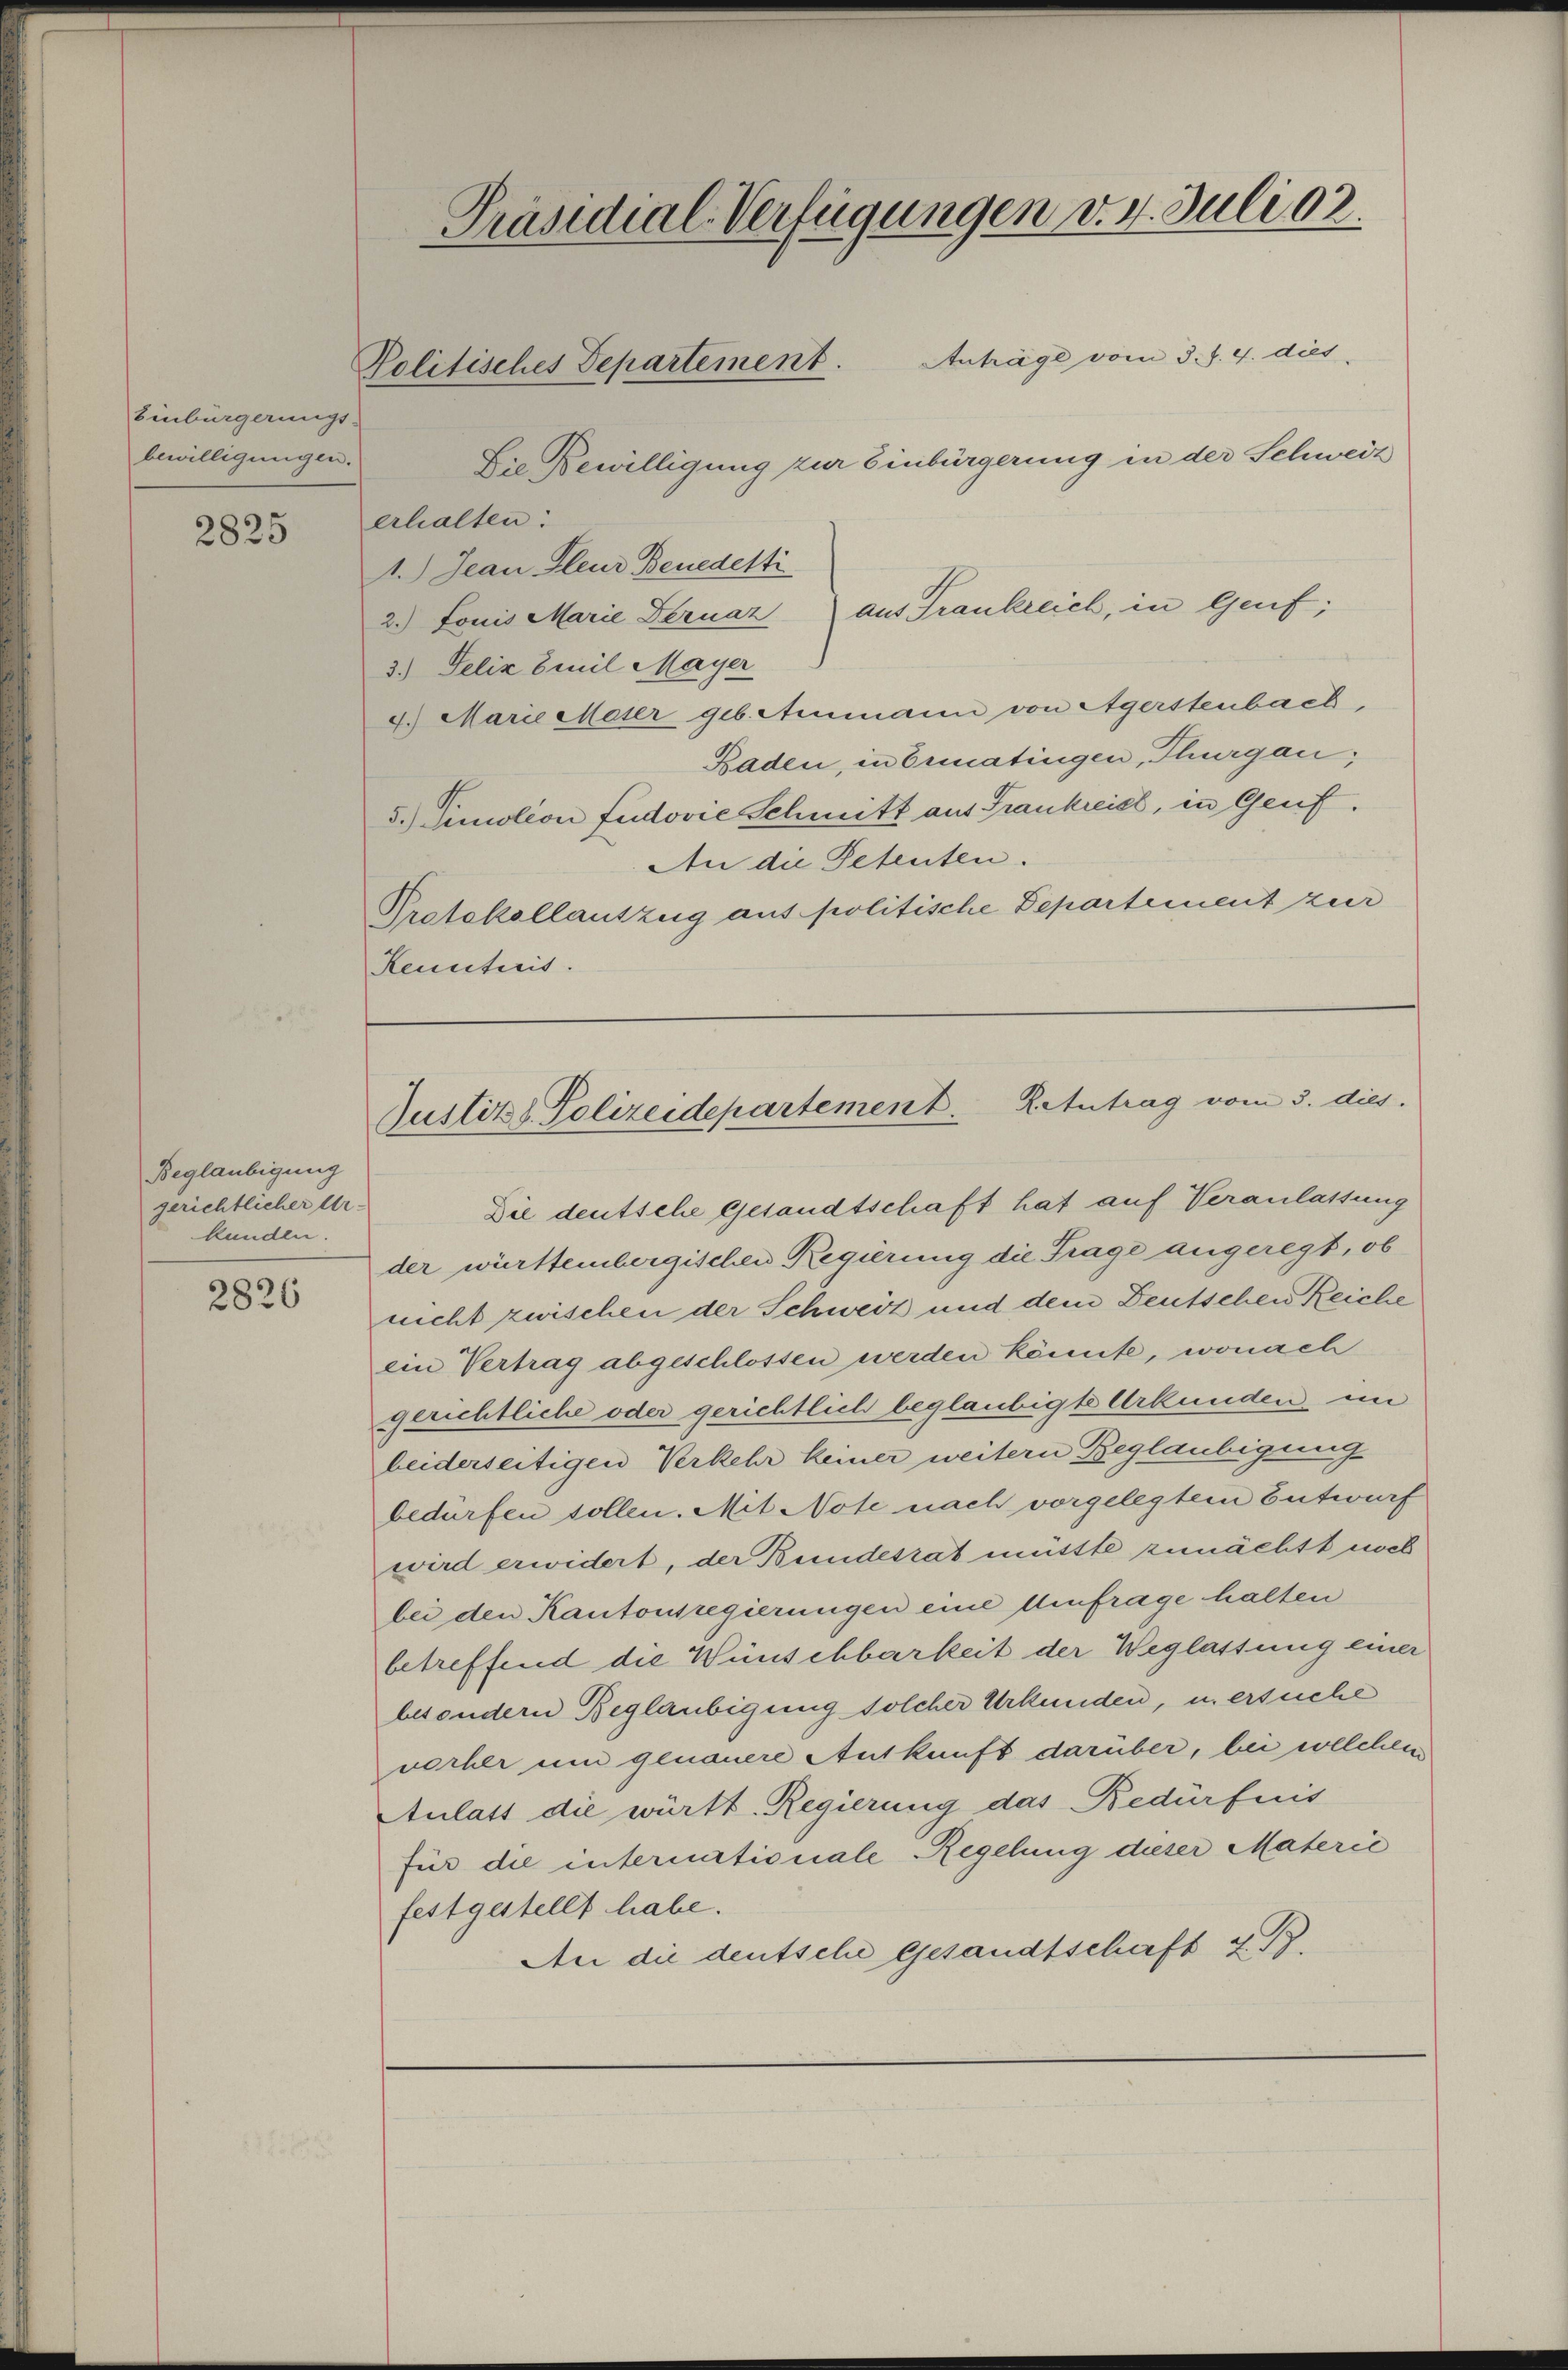
Einbürgerungs-
bewilligungen.

2825

Beglaubigung
gerichtlicher Ur-
kunden.

2826

Präsidial-Verfügungen v. 4. Juli 192.
Anträge vom 3. S. 4. dies
Politisches Departement.

Justiz & Polizeidepartement. Zentrag vom 3. dies

Die Bewilligung zur Einbürgerung in der Schweiz
erhalten:
1.) Jean Steur Benedetti
2. Louis Marie Dernaz aus Trankreich, in Genf;
3.) Felix Emil Mayer
4.) Marie Meser geb. Ammann von Agerstenbach,
Baden, in Ermatingen, Thurgau,
5.) Simolion fudovie Schmitt aus Frankreist, in Genf.
An die Petenten.
Protokollantzug aus politische Departement zur
Reuuticis.

Die deutsche Gesandtschaft hat auf Veranlassung
der württembergischen Regierung die Frage angeregt, ob
nicht zwischen der Schweiz und dem Deutschen Reiche
ein Vertrag abgeschlossen werden könnte, wonach
gerichtliche oder gerichtlich beglaubigte Urkunden im
beiderseitigen Verkehr keiner weitern Beglaubigung
bedürfen sollen. Mit Note nach vorgelegtem Entwurf
wird erwidert, der Bundesrat müsste zunächst noch
bei den Kantonsregierungen eine Umfrage halten
betreffend die Wünschbarkeit der Weglassung einer
besondern Beglaubigung solcher Urkunden, u. ersuche
vorher und genauere Auskunft darüber, bei welchen
Aulats die württ. Regierung das Bedürfnis
für die internationale Regelung dieser Materić
festgestellt habe.
An die deutsche Gesandtschaft 4 B